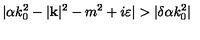
| \alpha k _ { 0 } ^ { 2 } - | \mathbf { k } | ^ { 2 } - m ^ { 2 } + i \varepsilon | > | \delta \alpha k _ { 0 } ^ { 2 } |